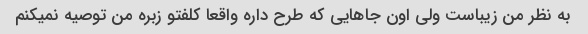
به نظر من زیباست ولی اون جاهایی که طرح داره واقعا کلفتو زبره من توصیه نمیکنم